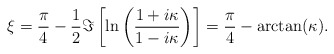
\begin{align*}\xi = {\pi\over4} - {1\over2} \Im\left[\ln\left({1+i\kappa\over1-i\kappa}\right)\right] = {\pi\over4} - \arctan(\kappa).\end{align*}